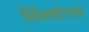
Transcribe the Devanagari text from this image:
विनतेच्या